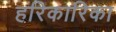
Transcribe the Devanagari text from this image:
हरिकारिका